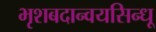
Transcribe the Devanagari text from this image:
भृशबदान्वयसिन्धू